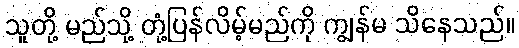
သူတို့ မည်သို့ တုံ့ပြန်လိမ့်မည်ကို ကျွန်မ သိနေသည်။